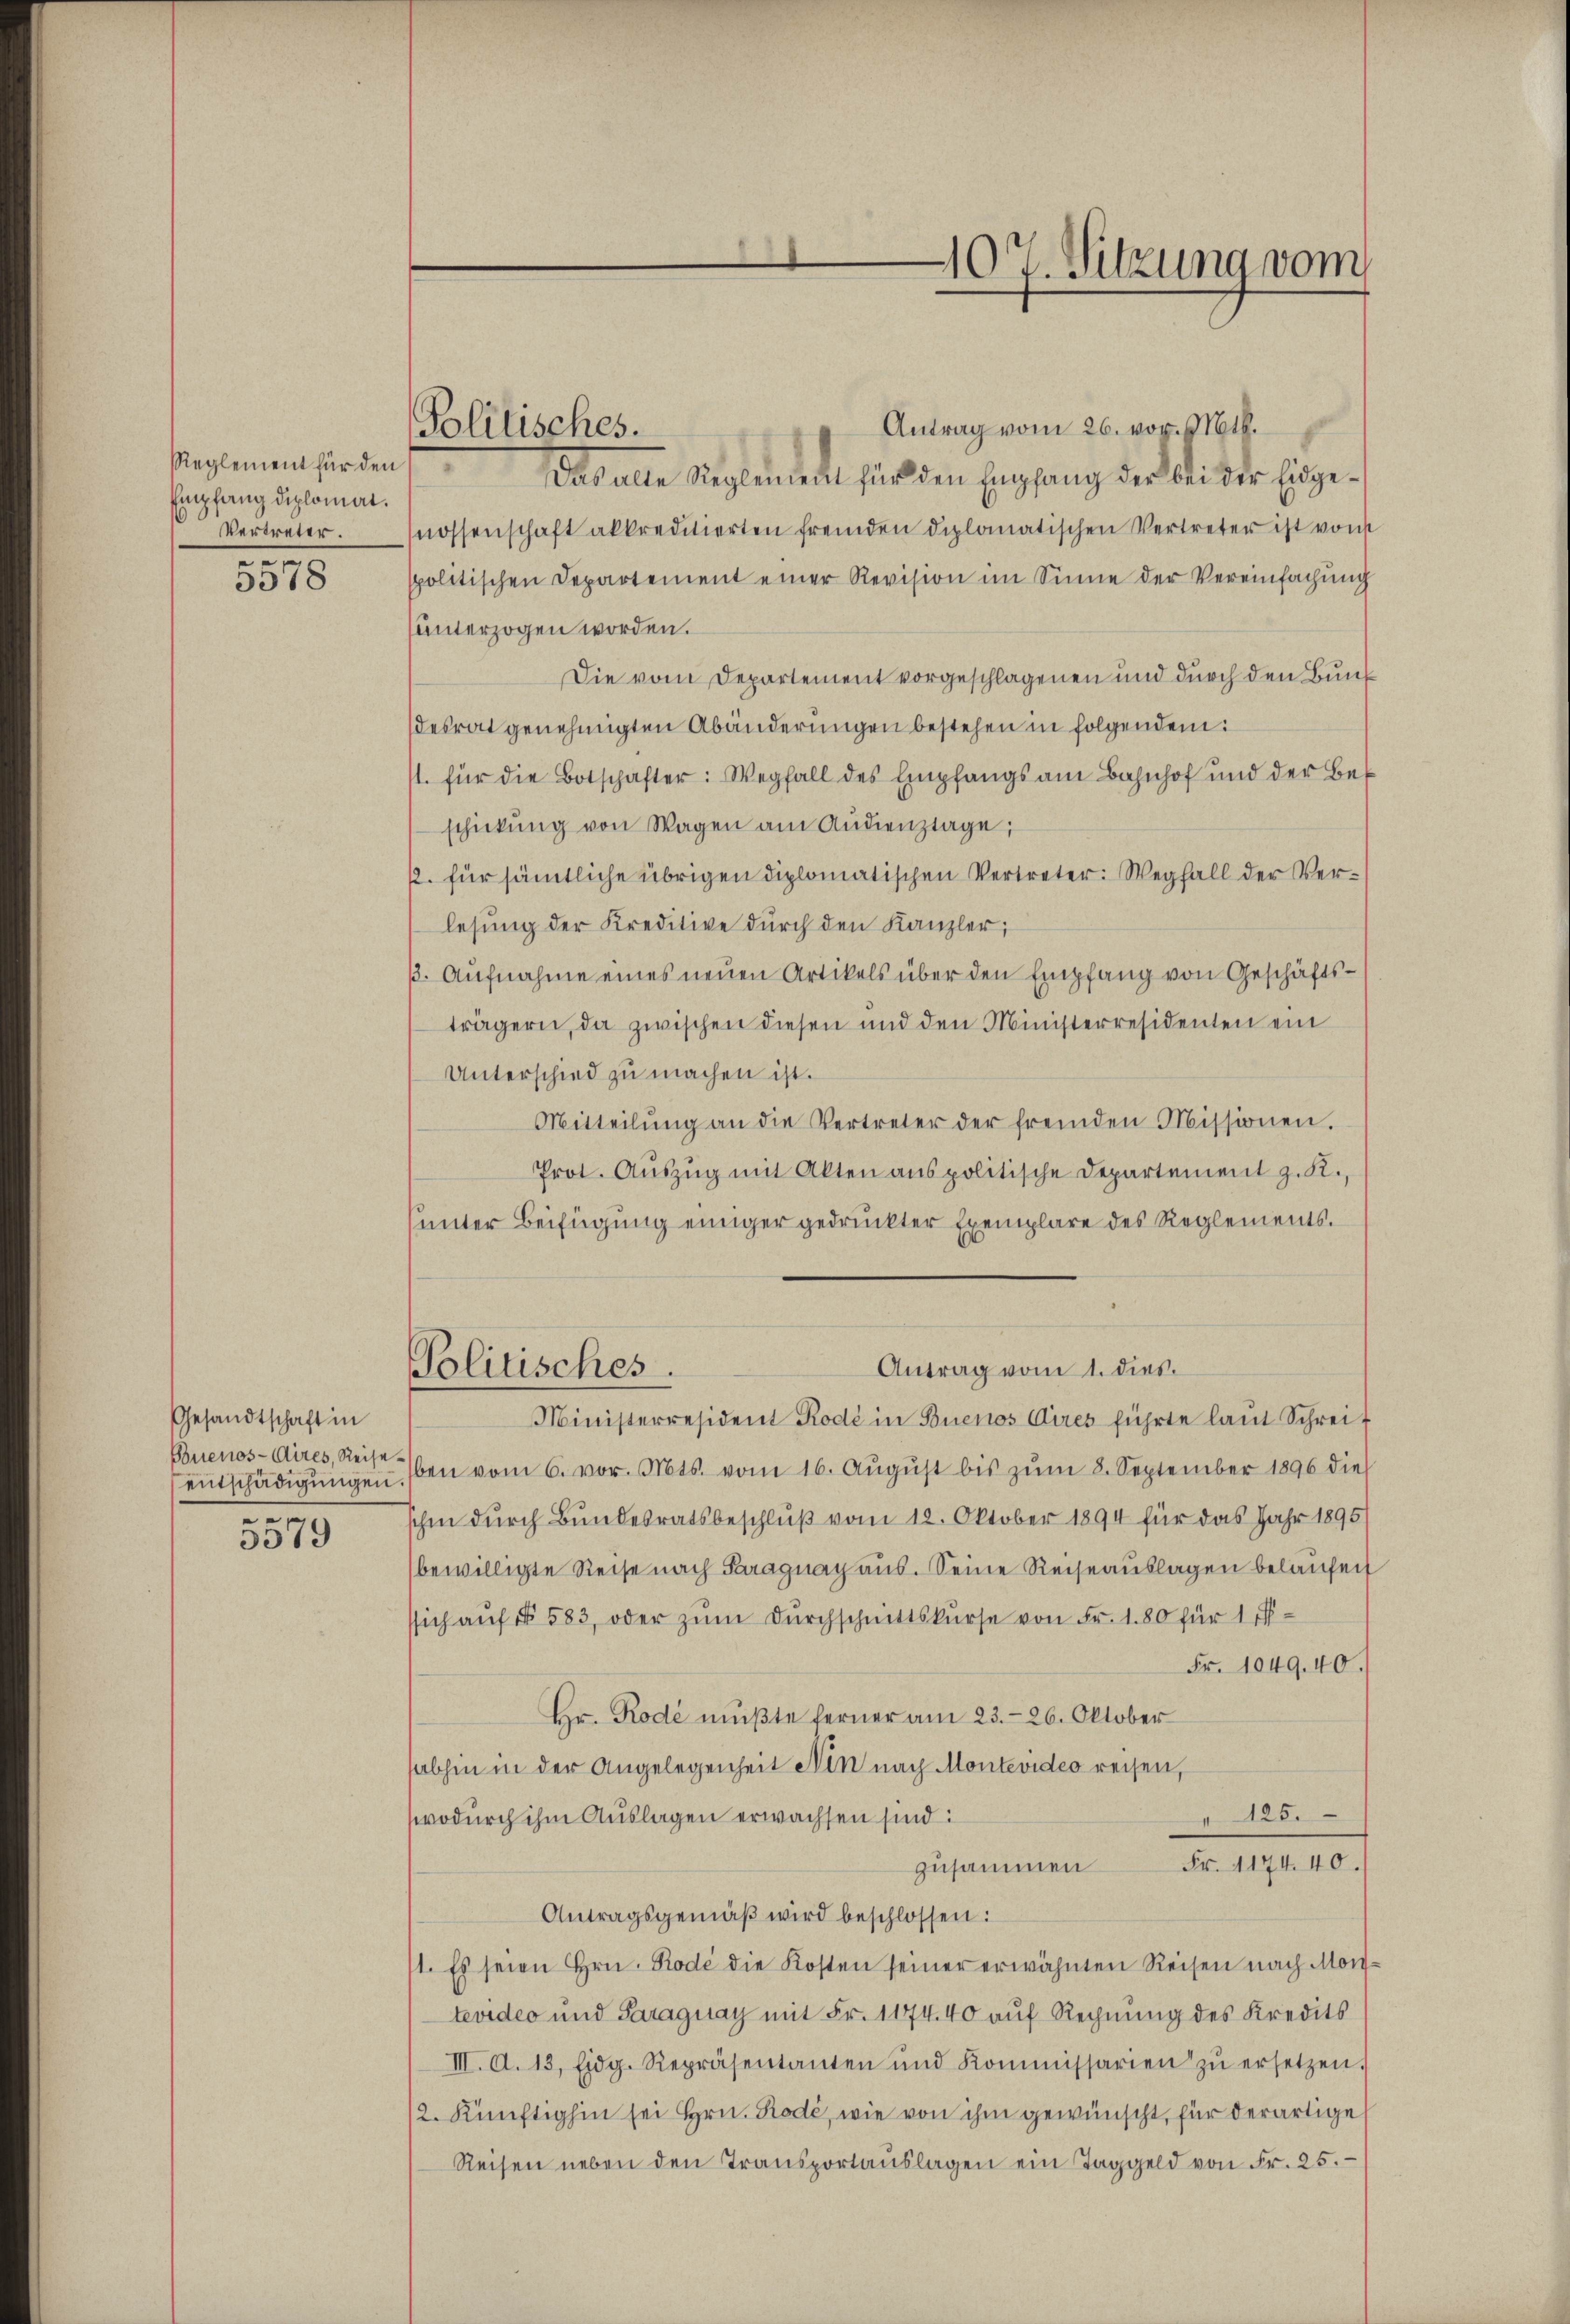
Reglement für den
Empfang diplomat.
Vertreter
2

5518

Gesandtschaft in
Buenos-Aires, Reise.
entschädigungen.

3519

Politisches.

Antrag vom 26. vor. Mt.
das alle Sieglenden für den Empfang der bei der Eidgenossenschaft akkreditierten fremden diplomatischen Vertreter ist von
spolitischen Departement einer Revision im Sinne der Vereinfachung
unterzogen worden.
Die vom Departement vorgeschlagenen und durch den Bundesrat genehmigten Abänderungen bestehen in folgendem:
1. für die Botschafter: Wegfall des Empfangsam Bahnhof und der Bes
schickŭng von Wagen am Audienstage;
p. für sämmtliche übrigen diplomatischen Vertreter: Wegfall der Verlesung der Kreditive durch den Kanzler,
3. Aŭfnahme eines neuen Artikels über den Empfang von Geschäftsträgern, da zwischen diesen und den Ministerresidenten ein
Unterschied zu machen ist.
Mitteilŭng an die Vertreter der fremden Missionen.
Prot. Aŭszŭg mit Akten anspolitische Departement z. K.,
unter Beifügung einiger gedruckter Exemplare des Reglements.
Antrag vom 1. dies.
Politisches.
Ministerresident Rodé in Buenos Aires führte laŭt Schreif
ben vom 6. vor. Mts. vom 16. Aŭgŭst bis zŭm 8. September 1896 die
ihm durch Bundesratsbeschluß vom 12. Oktober 1894 für das Jahr 1895
bewilligte Reise nach Paraguay aus. Seine Reiseauslagen belaufen
sich aŭf § 583, oder zŭm Dŭrchschnittskurse von Fr. 180 für 1 ff-
Fr. 1049.40.
Hr. Rodé mußte ferner am 23. 26. Oktober
abhin in der Angelegenheit Ain nach Montevideo reisen,
" 125.
wodurch ihm Auslagen erwachsen sind:
zusammen Fr. 4174. 40.
Antragsgemäβ wird beschlossen:
1. Es seien Hrn. Rode die Kosten seiner erwähnten Reisen nach Montevideo und Paraguay mit Fr. 1174. 40 aŭf Rechnŭng des Kredits
III. d. 13. Eidg. Repräsentanten und Kommissarien zŭ ersetzen.
2. Künftighin sei Hrn. Rodé, wie von ihm gewünscht, für derartige
Reisen neben den Transportaŭslagen ein Taggeld von Fr. 25.

107. Sitzung vom